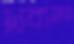
দ্রব্যময়